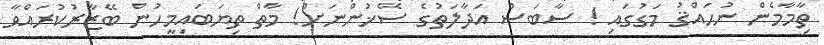
ތިާމާމެން ނުޙައްޤު މަގުގައި ! ސާބަސް އަދާލަތުގެ ސޭޚުންނަށް! މާތް ތިޔަބައިމީހުން ބޭޒާރުކުރައްވާ